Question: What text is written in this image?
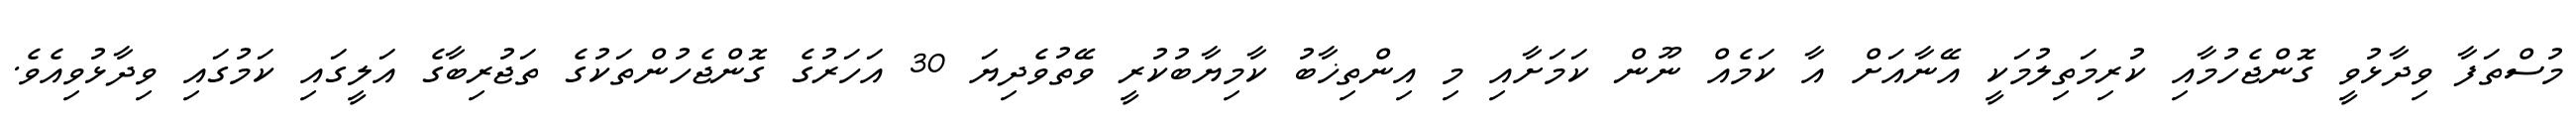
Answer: މުސްތަފާ ވިދާޅުވީ ގޮންޖެހުމާއި ކުރިމަތިލުމަކީ އޭނާއަށް އާ ކަމެއް ނޫން ކަމަށާއި މި އިންތިޚާބު ކާމިޔާބުކުރީ ވޭތުވެދިޔަ 30 އަހަރުގެ ގޮންޖެހުންތަކުގެ ތަޖުރިބާގެ އަލީގައި ކަމުގައި ވިދާޅުވިއެވެ.